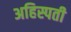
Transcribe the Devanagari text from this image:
अहिस्पती